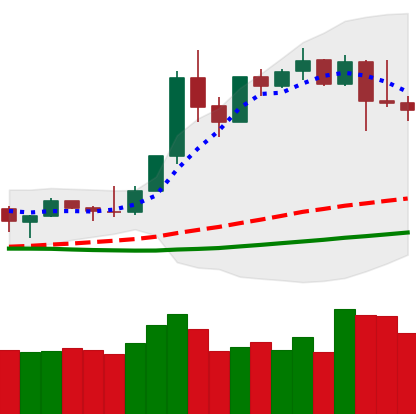
Ticker: XMR-USD
Chart end date: 2019-04-13
Forward return: 5.876%
Label: up_5_7